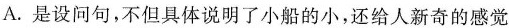
A.是设问句，不但具体说明了小船的小，还给人新奇的感觉